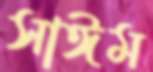
সাঈম